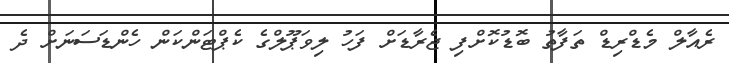
ރެއާލް މެޑްރިޑް ތަފާތު ބޮޑުކޮށްފި ޖެރާޑަށް ފަހު ލިވަޕޫލްގެ ކެޕްޓަންކަން ހެންޑަސަނަށް ދެ